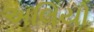
અલિયો